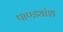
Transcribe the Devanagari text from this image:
पाण्ड्यांश